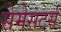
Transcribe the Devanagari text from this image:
सेमेसटर्स